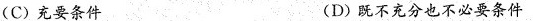
(C)充要条件 (D)既不充分也不必要条件